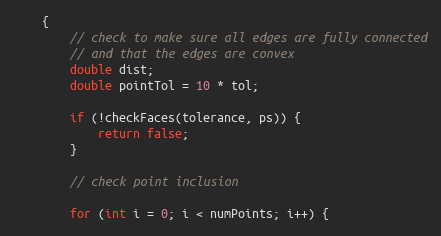
Language: Java
    {
        // check to make sure all edges are fully connected
        // and that the edges are convex
        double dist;
        double pointTol = 10 * tol;

        if (!checkFaces(tolerance, ps)) {
            return false;
        }

        // check point inclusion

        for (int i = 0; i < numPoints; i++) {